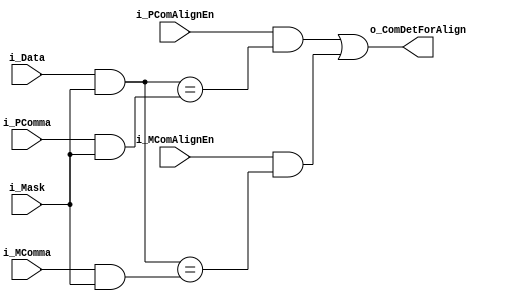
// Description        : 
// judge if the data is comma
                        

module COMCHK(
    input   [9:0]       i_Data              ,
    input   [9:0]       i_Mask              ,
    input   [9:0]       i_MComma            ,
    input   [9:0]       i_PComma            ,
    input               i_PComAlignEn       ,
    input               i_MComAlignEn       ,
    output              o_ComDetForAlign    
);

    wire c_ComPDet;
    wire c_ComMDet;
   
    assign c_ComPDet = ((i_Data & i_Mask) == (i_PComma & i_Mask));
    assign c_ComMDet = ((i_Data & i_Mask) == (i_MComma & i_Mask)) ;
    
    assign o_ComDetForAlign = (i_PComAlignEn && c_ComPDet) || (i_MComAlignEn && c_ComMDet);

endmodule